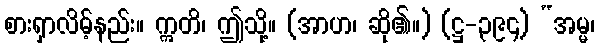
စားရှာလိမ့်နည်း။ ဣတိ၊ ဤသို့။ (အာဟ၊ ဆို၏။) (ဋ္ဌ-၃၉၄) “အမ္မ၊